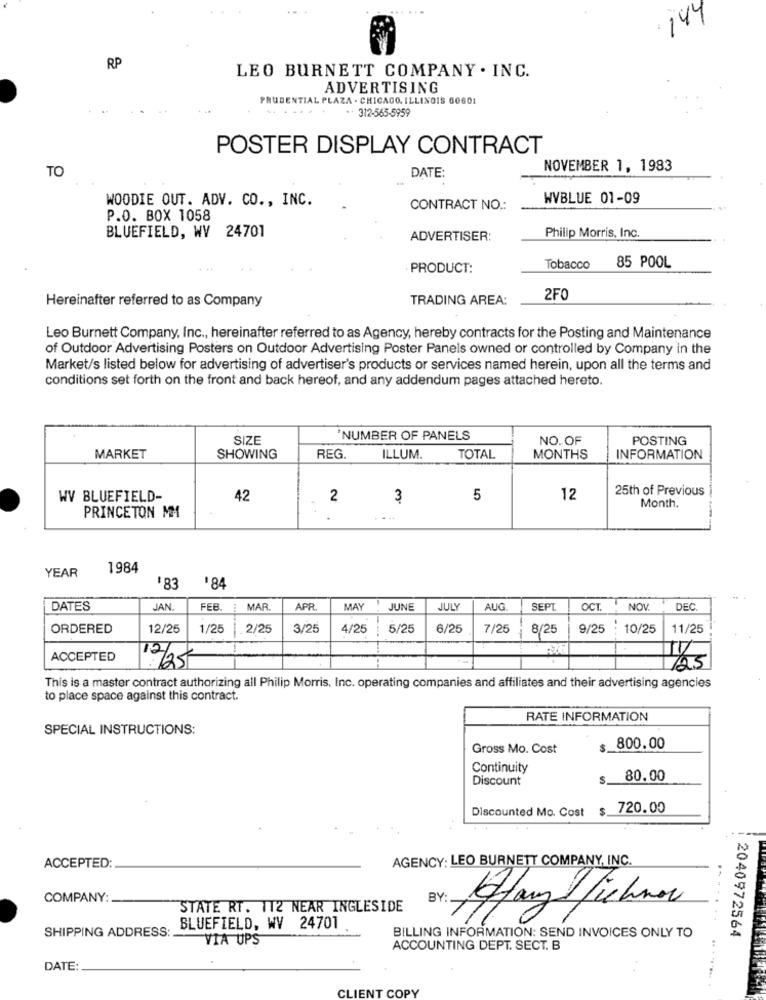
:144
RP
LEO BURNETT COMPANY . INC.
ADVERTISING
PRUDENTIAL PLAZA - CHICAGO, ILLINOIS 60601
++ 312-565-5959
POSTER DISPLAY CONTRACT
TO
DATE:
NOVEMBER 1, 1983
WOODIE OUT. ADV. CO ., INC.
WVBLUE 01-09
CONTRACT NO .:
P.O. BOX 1058
BLUEFIELD, WV 24701
ADVERTISER:
Philip Morris, Inc.
PRODUCT:
Tobacco
85 POOL
Hereinafter referred to as Company
TRADING AREA:
2FO
Leo Burnett Company, Inc ., hereinafter referred to as Agency, hereby contracts for the Posting and Maintenance
of Outdoor Advertising Posters on Outdoor Advertising Poster Panels owned or controlled by Company in the
Market/s listed below for advertising of advertiser's products or services named herein, upon all the terms and
conditions set forth on the front and back hereof, and any addendum pages attached hereto.
SIZE
'NUMBER OF PANELS
NO.OF
POSTING
MARKET
SHOWING
REG.
ILLUM.
TOTAL
MONTHS
INFORMATION
25th of Previous
WV BLUEFIELD-
42
2
3
5
12
Month.
PRINCETON MM
YEAR
1984
$83
$84
DATES
JAN
FEB
: MAR
APR
MAY
JUNE
JULY
AUG
SEPT
OCT.
NOV.
DEC.
ORDERED
12/25
1/25
2/25
3/25
4/2
5/25
6/25
7/25
8/25
9/25
10/25
11/25
ACCEPTED
7/250
/25
This is a master contract authorizing all Philip Morris, Inc. operating companies and affiliates and their advertising agencies
to place space against this contract.
RATE INFORMATION
SPECIAL INSTRUCTIONS:
Gross Mo. Cost
$.
800.00
Continuity
Discount
S.
80.00
Discounted Mo. Cost
$ 720.00
AGENCY: LEO BURNETT COMPANY, INC.
ACCEPTED:
COMPANY:
BY:
STATE RT. 112 NEAR INGLESIDE
Many lichnov
SHIPPING ADDRESS:
BLUEFIELD, WV 24701
VIA UPS
BILLING INFORMATION: SEND INVOICES ONLY TO
2040972564
ACCOUNTING DEPT. SECT. B
DATE:
CLIENT COPY